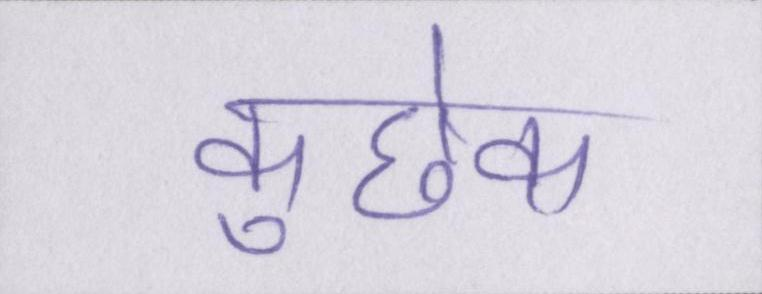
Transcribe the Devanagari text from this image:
कुछेक